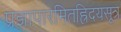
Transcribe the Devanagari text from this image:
प्रज्ञापारमितह्रिदयसूत्र